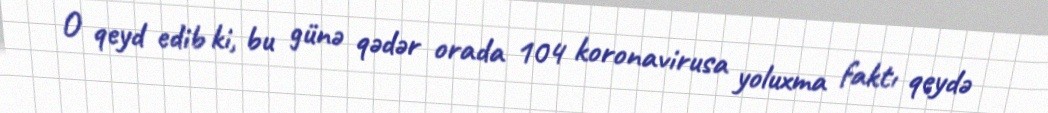
O qeyd edib ki, bu günə qədər orada 104 koronavirusa yoluxma faktı qeydə